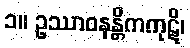
၁။ ဥဿာဝနန္တိကကုဋိ၊